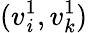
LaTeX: (v_{\mathit{i}}^{1},v_{k}^{1})